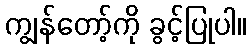
ကျွန်တော့်ကို ခွင့်ပြုပါ။